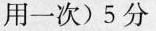
用一次)5 分